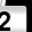
Digit: 2